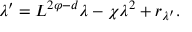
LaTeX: \lambda ^ { \prime } = L ^ { 2 \varphi - d } \lambda - \chi \lambda ^ { 2 } + r _ { \lambda ^ { \prime } } .